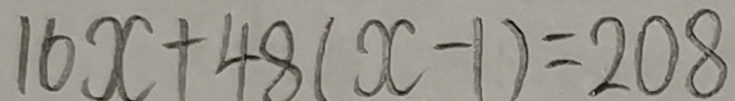
1 6 x + 4 8 ( x - 1 ) = 2 0 8